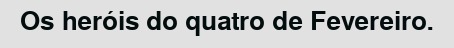
Os heróis do quatro de Fevereiro.